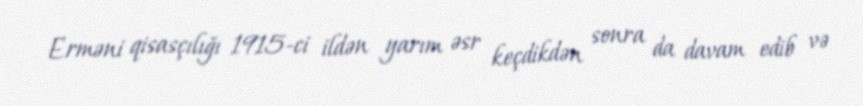
Erməni qisasçılığı 1915-ci ildən yarım əsr keçdikdən sonra da davam edib və